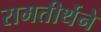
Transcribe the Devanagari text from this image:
रामतीर्थने